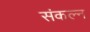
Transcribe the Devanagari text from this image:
संकल्न